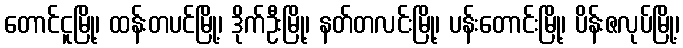
တောင်ငူမြို့၊ ထန်းတပင်မြို့၊ ဒိုက်ဦးမြို့၊ နတ်တလင်းမြို့၊ ပန်းတောင်းမြို့၊ ပိန်းဇလုပ်မြို့၊